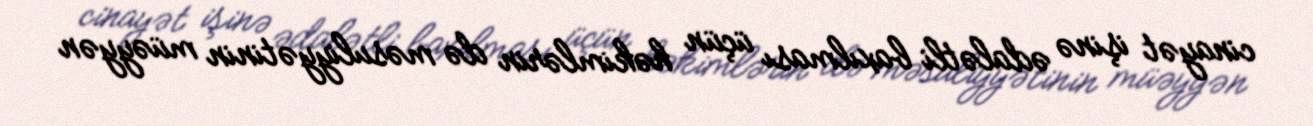
cinayət işinə ədalətli baxılması üçün həkimlərin də məsuliyyətinin müəyyən